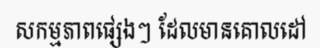
សកម្មភាពផ្សេងៗ ដែលមានគោលដៅ